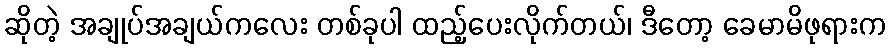
ဆိုတဲ့ အချုပ်အချယ်ကလေး တစ်ခုပါ ထည့်ပေးလိုက်တယ်၊ ဒီတော့ ခေမာမိဖုရားက